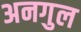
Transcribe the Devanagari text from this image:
अनगुल